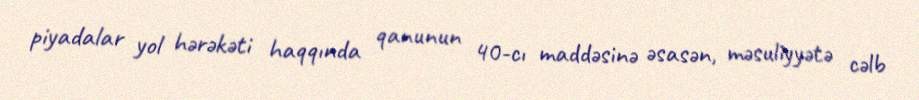
piyadalar yol hərəkəti haqqında qanunun 40-cı maddəsinə əsasən, məsuliyyətə cəlb